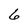
Character: 6